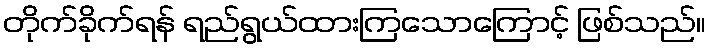
တိုက်ခိုက်ရန် ရည်ရွယ်ထားကြသောကြောင့် ဖြစ်သည်။